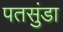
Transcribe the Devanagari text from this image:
पतसुंडा